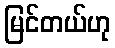
မြင်တယ်ဟု